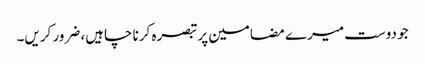
جو دوست میرے مضامین پر تبصرہ کرنا چاہیں، ضرور کریں۔